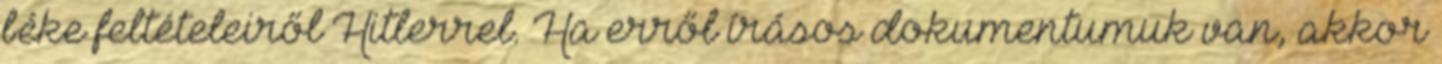
béke feltételeiről Hitlerrel. Ha erről írásos dokumentumuk van, akkor